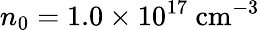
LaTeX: n_{0}=1.0\times 10^{17}\mathrm{~cm}^{-3}